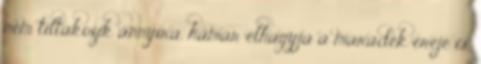
nem tiltakozik annyira, hamar elhagyja a maradék ereje is,